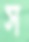
স